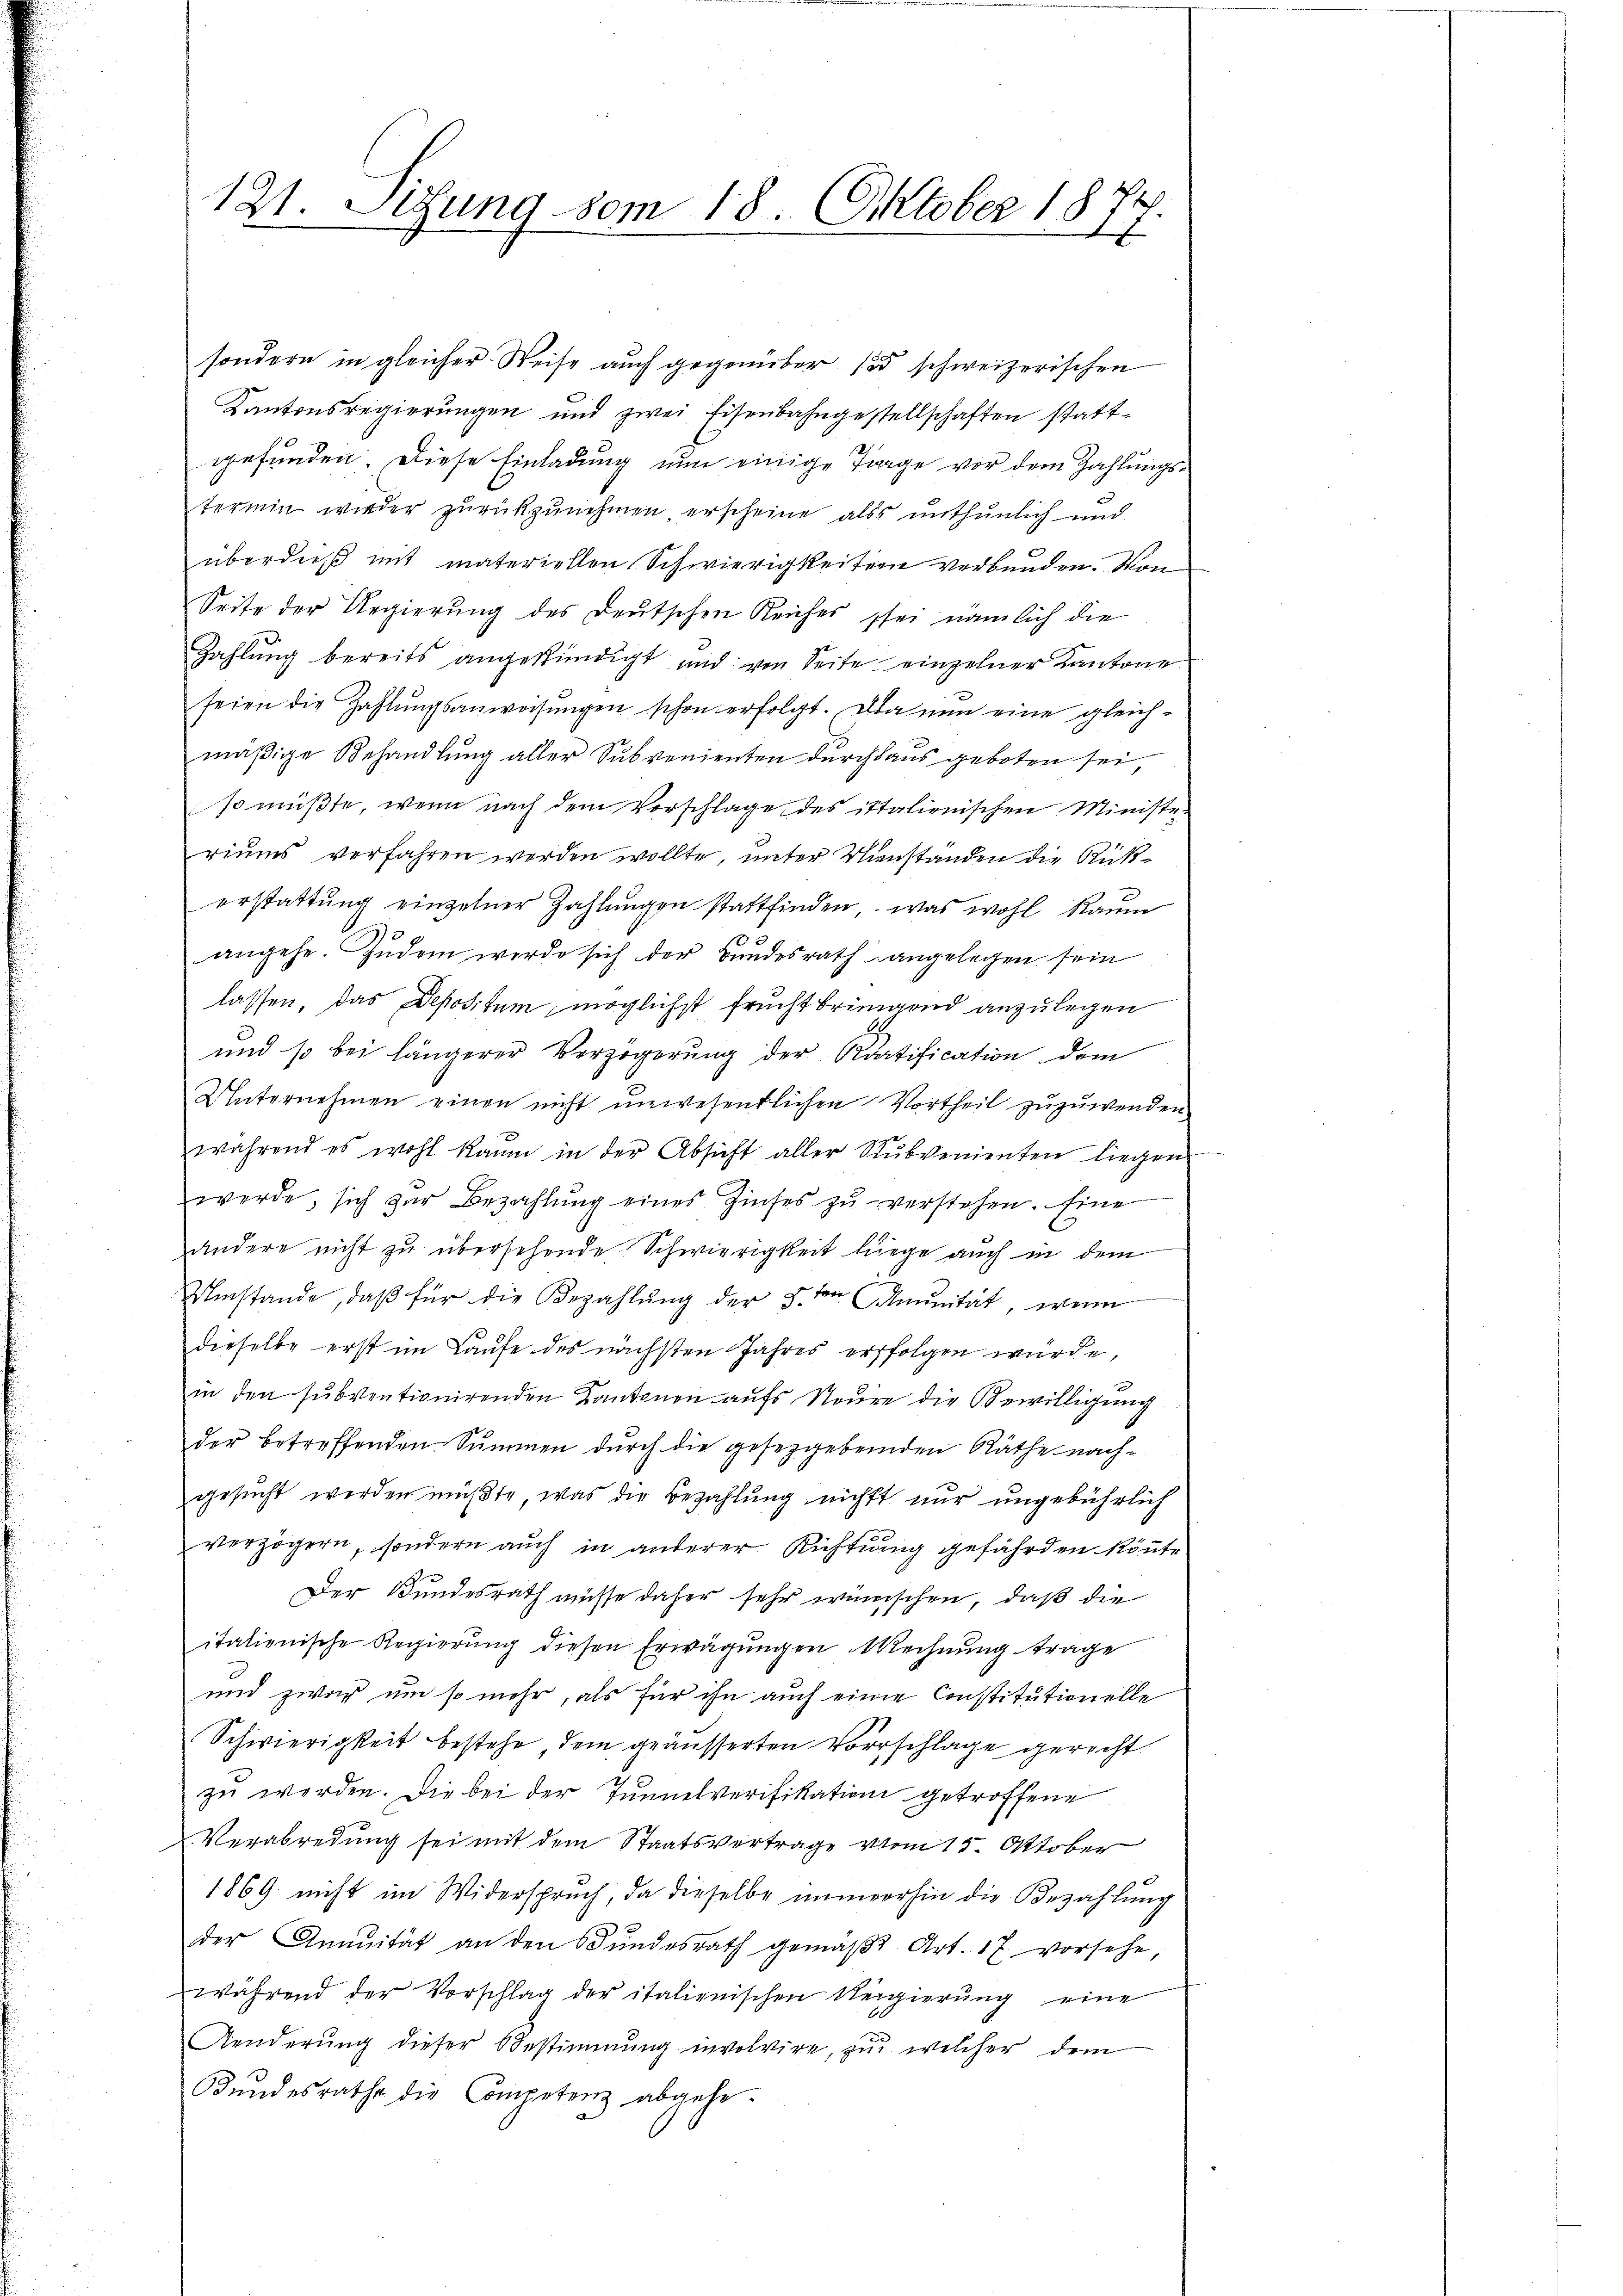
121. Setzung vom 18. Oktober 17.
h

sondern in gleicher Weise auch gegenüber so schweizerischen
Kantonsregierungen und zwei Eisenbahngestellschaften stattgefunden. Diese Einladung nun einige Trage vor dem Zahlungstermin wieder zurückzunehmen erscheine als unthunlich und
überdieß mit materiellen Schwierigkeitern verbunden. Mon
Seite der Regierung des Deutschen Reiches sei nämlich die
Zahlung bereits angekündigt und von Seite einzelner Kantone
seien die Zahlungsanweisungen schon erfolgt. Da nun eine gleichmäßige Behandlung aller Subvenienten durchaus geboten sei,
so müßte, wenn nach dem Vorschlage des italienischen Ministe
riums verfahren werden wollte, unter Umständen die Rußerstattŭng einzelner Zahlŭngen stattfinden, was wohl Raum
angehe. Zudem werde sich der Bundesrath angelegen sein
lassen, das Depositum möglichst frucht bringend anzulegen
und so bei längerer Verzögerung der Kartification dem
Unternehmen einen nicht unwesentlichen Vortheil zuzuwenden
während es wohl kaum in der Absicht aller Sŭbvenienten liegen
werde, sich zŭr Bezahlŭng eines Zinses zŭ verstehen. Eine
andere nicht zu übersehende Schwierigkeit liege auch in dem
Umstände, daβ für die Bezahlŭng der §. den munität, wenn
dieselbe erst im Laufe des nächsten Jahres erfolgen würde,
in den subventionirenden Kantonen aufs Steure die Bewilligung
der betreffenden Summen durch die gesetzgebenden Räthe nachgesucht werden müßte, was die Bezahlung nicht nur ungebührlich
verzögern, sondern auch in anderer Richtung gefährden könnte
Der Bundesrath müsse daher sehr wünschen, daß die
itationische Regierung diesen Erwägungen technung trage
und zwar um so mehr, als für ihn auch einen Constitutionelle
Schwierigkeit bestehe dem geäusserten Vorschlage gericht
zu werden. Die bei der Tunnelverifikation getroffene
Verabredung sei mit dem Staatsvertrage vom 15. Oktober
1869 nicht im Widerspruch, da dieselbe immerhin die Bezahlung
der Annuität an den Bŭndesrath gemäβ Art. 17 vorsehe,
während der Vorschlag der italienischen Regierŭng eine
Aenderŭng dieser Bestimmung involvire, zŭ welcher dem
Bŭndesrathe die Competenz abgehe.